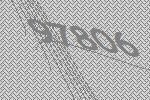
97806